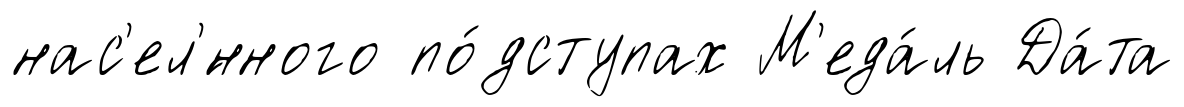
нас'ел'́нного по́дступах М'еда́ль Да́та